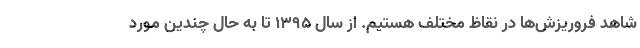
شاهد فروریزش‌ها در نقاظ مختلف هستیم. از سال ۱۳۹۵ تا به حال چندین مورد